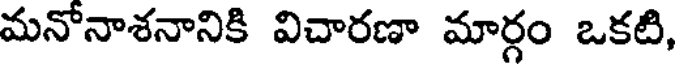
మనోనాశనానికి విచారణా మార్గం ఒకటి,